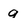
Character: a